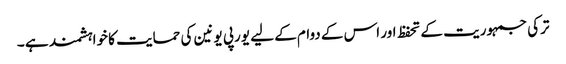
ترکی جمہوریت کے تحفظ اور اس کے دوام کے لیے یورپی یونین کی حمایت کا خواہشمند ہے ۔